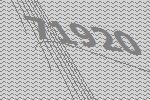
71920